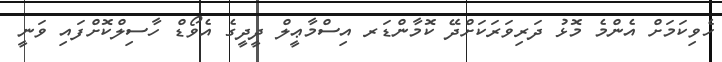
ހެވިކަމަށް އެންމެ މޮޅު ދަރިވަރަކަށްދޭ ކޮމާންޑަރ އިސްމާޢީލް ދީދީގެ އެވޯޑް ހާސިލްކޮށްފައި ވަނީ